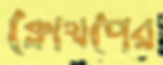
ক্লোথপের